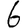
Digit: 6